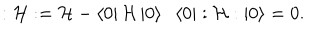
: { \cal { H } } : = { \cal { H } } - \left< 0 \right| { \cal { H } } \left| 0 \right> \; \; \left< 0 \right| : { \cal { H } } : \left| 0 \right> = 0 .